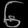
Digit: ၆